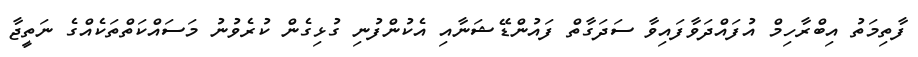
ފާތިމަތު އިބްރާހިމް އުފައްދަވާފައިވާ ސަދަގާތް ފައުންޑޭޝަނާއި އެކުންފުނި ގުޅިގެން ކުރެވުނު މަސައްކަތްތަކެއްގެ ނަތީޖާ